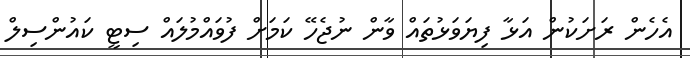
އެހެން ރަށަކުން އަޅާ ފިޔަވަޅުތައް ވާން ނުޖެހޭ ކަމަށް ފުވައްމުލައް ސިޓީ ކައުންސިލް